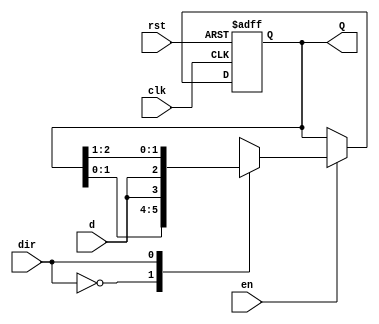
module bidirectional_shift_reg #(parameter N=3)(
input d,
input en,
input dir,
input clk,rst,
output reg [N-1 : 0] Q
);

always @(posedge clk or posedge rst)
begin
	if (rst)
		Q <=0;
	else
	begin
	if (en)
		case(dir)
		0 : Q <= {Q[N-2 : 0],d} ;//shift left operation
		1 : Q <= {d, Q[N-1 : 1]} ;//Shift right operation
		endcase
	end
end

endmodule